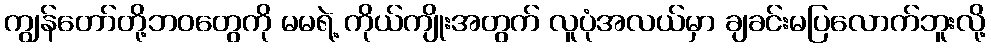
ကျွန်တော်တို့ဘဝတွေကို မမရဲ့ ကိုယ်ကျိုးအတွက် လူပုံအလယ်မှာ ချခင်းမပြလောက်ဘူးလို့